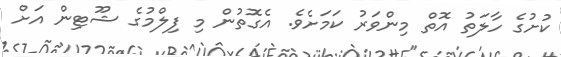
ކުށުގެ ހާލަތު އޮތް މިންވަރު ކަމަށެވެ. އެގޮތުން މި ފިލްމުގެ ޝޫޓިން އަށް